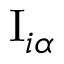
\mathrm { I } _ { i \alpha }